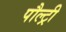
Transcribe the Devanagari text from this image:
पौल्ट्री